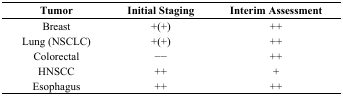
<table><thead><tr><td><b>Tumor</b></td><td><b>Initial Staging</b></td><td><b>Interim Assessment</b></td></tr></thead><tbody><tr><td>Breast</td><td>+(+)</td><td>++</td></tr><tr><td>Lung (NSCLC)</td><td>+(+)</td><td>++</td></tr><tr><td>Colorectal</td><td>−−</td><td>++</td></tr><tr><td>HNSCC</td><td>++</td><td>+</td></tr><tr><td>Esophagus </td><td>++</td><td>++</td></tr></tbody></table>